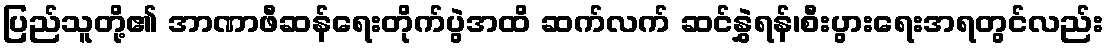
ပြည်သူတို့၏ အာဏာဖီဆန်ရေးတိုက်ပွဲအထိ ဆက်လက် ဆင်နွှဲရန်၊စီးပွားရေးအရတွင်လည်း